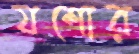
যশোর